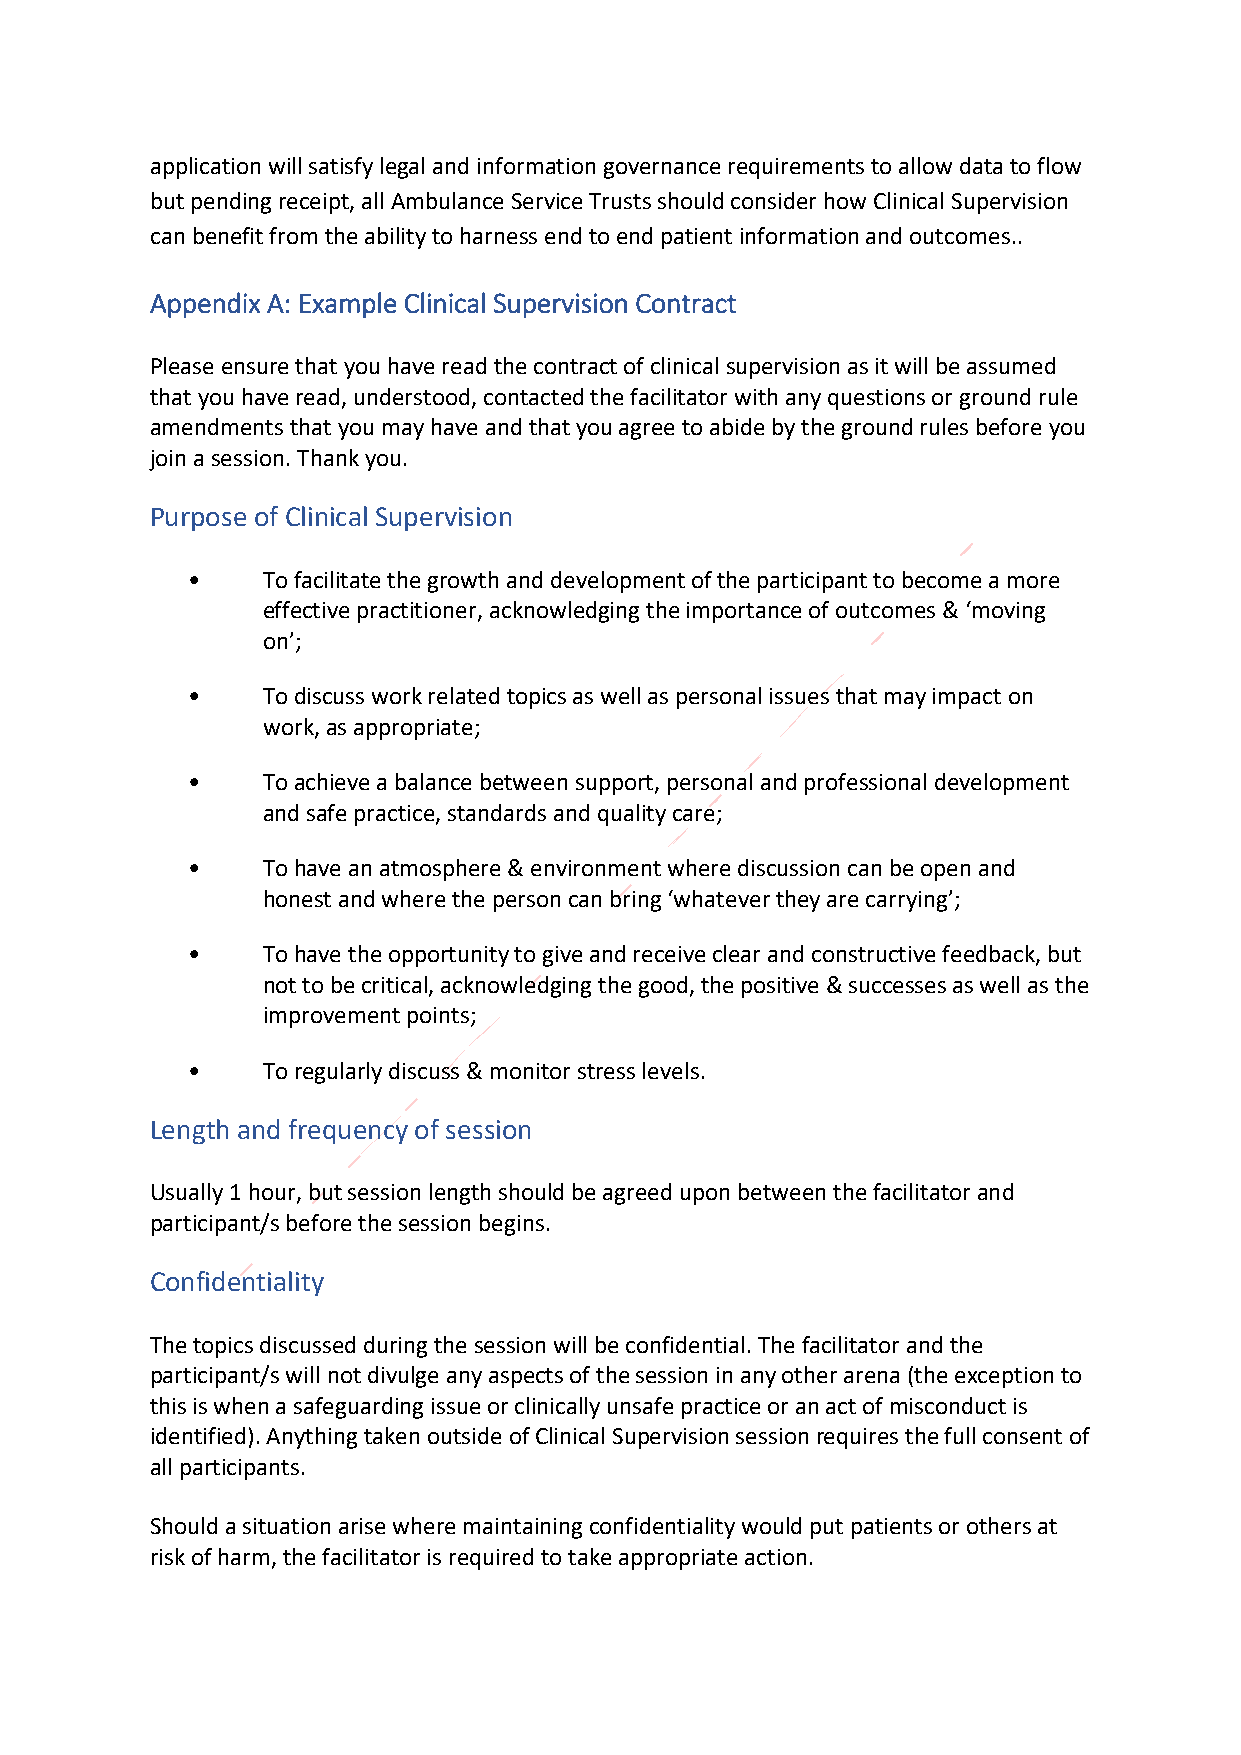
application will satisfy legal and information governance requirements to allow data to flow
 but pending receipt, all Ambulance Service Trusts should consider how Clinical Supervision
 can benefit from the ability to harness end to end patient information and outcomes..
 Appendix A: Example Clinical Supervision Contract
 Please ensure that you have read the contract of clinical supervision as it will be assumed
 that you have read, understood, contacted the facilitator with any questions or ground rule
 amendments that you may have and that you agree to abide by the ground rules before you
 join a session. Thank you.
 Purpose of Clinical Supervision
 •    To facilitate the growth and development of the participant to become a more
 effective practitioner, acknowledging the importance of outcomes & ‘moving
 on’;
 •    To discuss work related topics as well as personal issues that may impact on
 work, as appropriate;
 •    To achieve a balance between support, personal and professional development
 and safe practice, standards and quality care;
 •    To have an atmosphere & environment where discussion can be open and
 honest and where the person can bring ‘whatever they are carrying’;
 •    To have the opportunity to give and receive clear and constructive feedback, but
 not to be critical, acknowledging the good, the positive & successes as well as the
 improvement points;
 •    To regularly discuss & monitor stress levels.
 Length and frequency of session
 Usually 1 hour, but session length should be agreed upon between the facilitator and
 participant/s before the session begins.
 Confidentiality
 The topics discussed during the session will be confidential. The facilitator and the
 participant/s will not divulge any aspects of the session in any other arena (the exception to
 this is when a safeguarding issue or clinically unsafe practice or an act of misconduct is
 identified). Anything taken outside of Clinical Supervision session requires the full consent of
 all participants.
 Should a situation arise where maintaining confidentiality would put patients or others at
 risk of harm, the facilitator is required to take appropriate action.